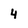
Character: 4